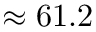
\approx 6 1 . 2